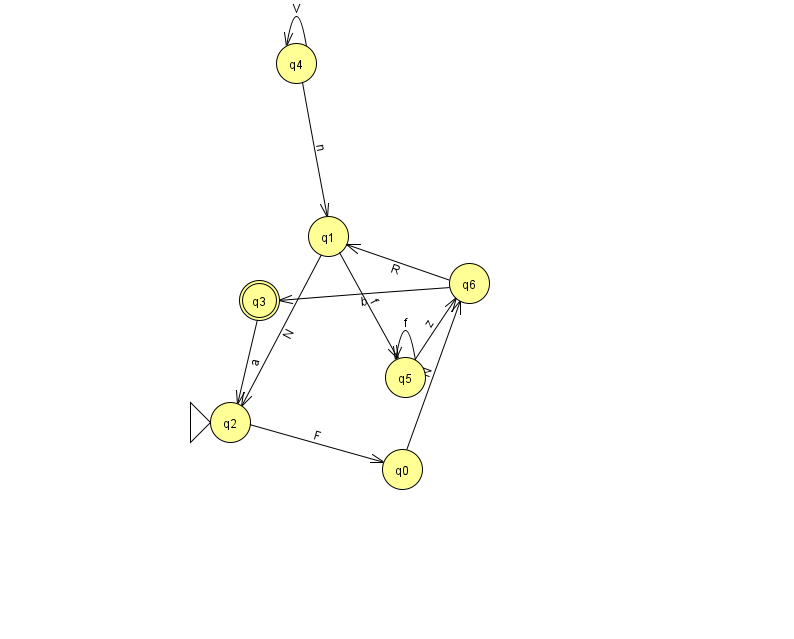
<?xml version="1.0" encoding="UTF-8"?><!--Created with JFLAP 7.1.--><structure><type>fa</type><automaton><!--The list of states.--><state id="0" name="q0"><x>402.0</x><y>456.0</y></state><state id="1" name="q1"><x>328.0</x><y>223.0</y></state><state id="2" name="q2"><x>230.0</x><y>409.0</y><initial/></state><state id="3" name="q3"><x>259.0</x><y>287.0</y><final/></state><state id="4" name="q4"><x>296.0</x><y>50.0</y></state><state id="5" name="q5"><x>405.0</x><y>364.0</y></state><state id="6" name="q6"><x>469.0</x><y>270.0</y></state><!--The list of transitions.--><transition><from>4</from><to>1</to><read>n</read></transition><transition><from>1</from><to>2</to><read>N</read></transition><transition><from>1</from><to>5</to><read>f</read></transition><transition><from>2</from><to>0</to><read>F</read></transition><transition><from>4</from><to>4</to><read>V</read></transition><transition><from>5</from><to>5</to><read>f</read></transition><transition><from>5</from><to>6</to><read>z</read></transition><transition><from>3</from><to>2</to><read>a</read></transition><transition><from>6</from><to>3</to><read>b</read></transition><transition><from>6</from><to>1</to><read>R</read></transition><transition><from>0</from><to>6</to><read>N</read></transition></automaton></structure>